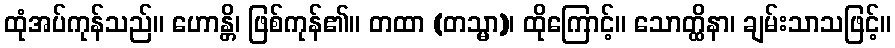
ထုံအပ်ကုန်သည်။ ဟောန္တိ၊ ဖြစ်ကုန်၏။ တထာ (တသ္မာ)၊ ထိုကြောင့်။ သောတ္ထိနာ၊ ချမ်းသာသဖြင့်။